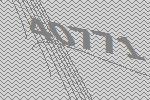
40771